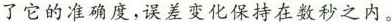
了它的准确度，误差变化保持在数秒之内。